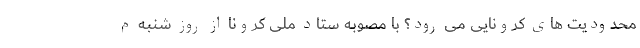
محدوديت هاى كرونايى مى رود؟ با مصوبه ستاد ملى كرونا از روز شنبه م